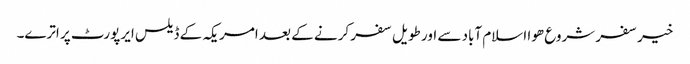
خیر سفر شروع ھوا اسلام آباد سے اور طویل سفر کرنے کے بعد امریکہ کے ڈیلس ایرپورٹ پر اترے۔